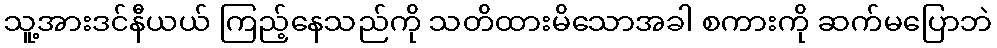
သူ့အားဒင်နီယယ် ကြည့်နေသည်ကို သတိထားမိသောအခါ စကားကို ဆက်မပြောဘဲ